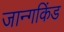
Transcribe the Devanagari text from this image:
जान्गकिंड